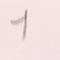
1